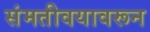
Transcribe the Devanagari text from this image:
संमतीवयावरून